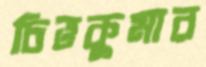
চিত্তকুমার